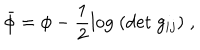
\bar { \phi } = \phi - \frac { 1 } { 2 } \mathrm { l o g } ~ ( \mathrm { d e t } ~ g _ { i j } ) \; ,